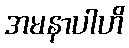
အမနာပါဟိ